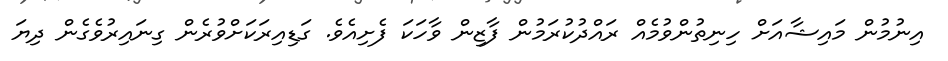
އިނުމުން މައިޝާއަށް ހިނިތުންވުމެއް ރައްދުކުރަމުން ފާޒިން ވާހަކަ ފެށިއެވެ. ގަޑިއިރަކަށްވުރެން ގިނައިރުވެގެން ދިޔަ